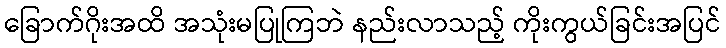
ခြောက်ဂိုးအထိ အသုံးမပြုကြဘဲ နည်းလာသည့် ကိုးကွယ်ခြင်းအပြင်